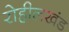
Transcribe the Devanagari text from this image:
रोहीलखंड